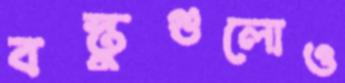
বস্তুগুলোও